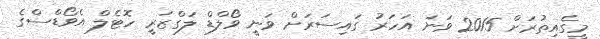
މީގެއިތުރަށް 2015 ވަނަ އަހަރު ގައިސަރަށް ވަނީ ވޯލްޑް ލަގްޒަރީ ހޮޓެލް އެވޯޑްސްގެ